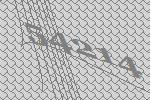
54214